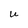
Character: U